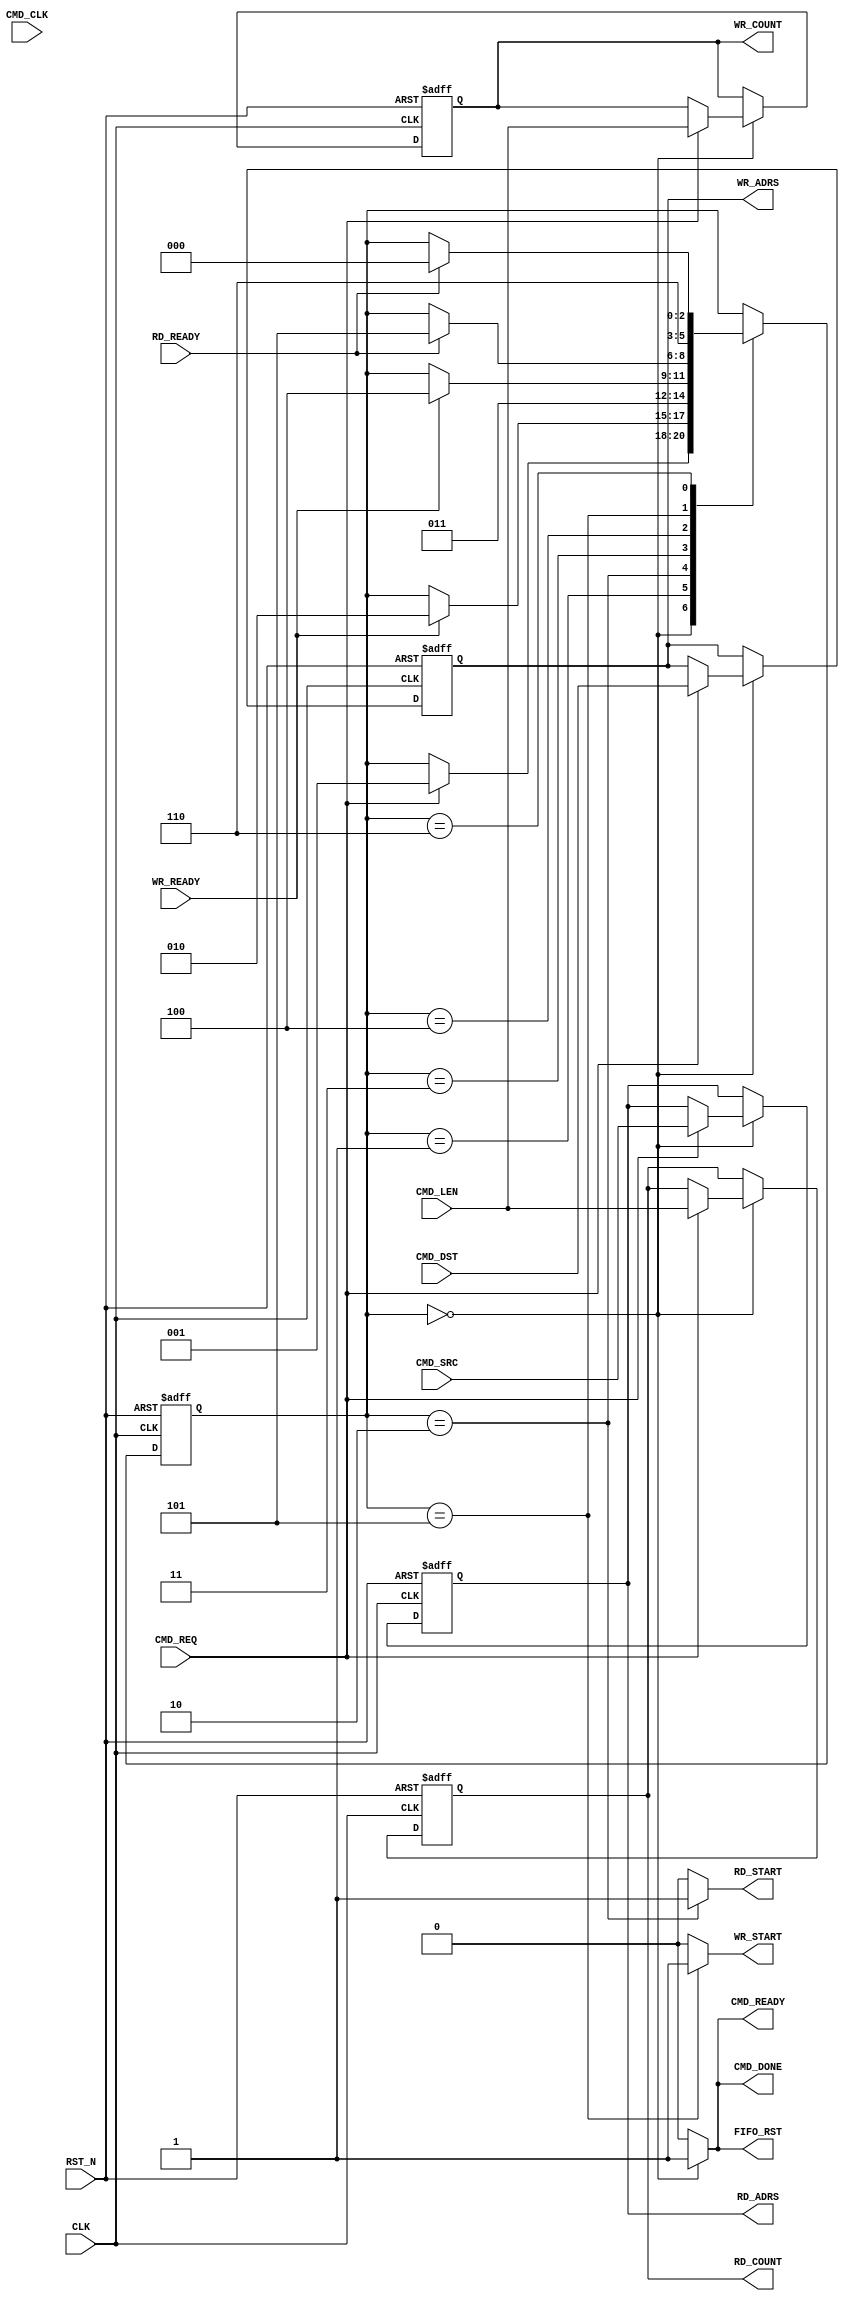
module aq_axi_memcpy32_ctl(
	input			RST_N,
	input			CLK,

	input			CMD_REQ,
	output			CMD_READY,
	output			CMD_DONE,
	input [31:0]	CMD_DST,
	input [31:0]	CMD_SRC,
	input [31:0]	CMD_LEN,

	input			CMD_CLK,

	output			WR_START,
	output [31:0]	WR_ADRS,
	output [31:0]	WR_COUNT,
	input			WR_READY,

	output			RD_START,
	output [31:0]	RD_ADRS,
	output [31:0]	RD_COUNT,
	input			RD_READY,

	output			FIFO_RST
);

localparam S_IDLE		= 0;
localparam S_READ_PRE	= 1;
localparam S_READ		= 2;
localparam S_READ_WAIT	= 3;
localparam S_WRITE_PRE	= 4;
localparam S_WRITE		= 5;
localparam S_WRITE_WAIT	= 6;

reg [31:0]	reg_wr_adrs, reg_rd_adrs;
reg [31:0]	reg_wr_count, reg_rd_count;

reg [2:0] state;

always @(posedge CLK or negedge RST_N) begin
	if(!RST_N) begin
		state 				<= S_IDLE;
		reg_wr_adrs[31:0]	<= 32'd0;
		reg_wr_count[31:0]	<= 32'd0;
		reg_rd_adrs[31:0]	<= 32'd0;
		reg_rd_count[31:0]	<= 32'd0;
	end else begin
		case(state)
			S_IDLE: begin
				if(CMD_REQ) begin
					state	<= S_READ_PRE;
					reg_wr_adrs[31:0]	<= CMD_DST;
					reg_wr_count[31:0]	<= CMD_LEN;
					reg_rd_adrs[31:0]	<= CMD_SRC;
					reg_rd_count[31:0]	<= CMD_LEN;
				end
			end
			S_READ_PRE: begin
				if(WR_READY) begin
					state <= S_READ;
				end
			end
			S_READ: begin
				state <= S_READ_WAIT;
			end
			S_READ_WAIT: begin
				if(WR_READY) begin
					state <= S_WRITE_PRE;
				end
			end
			S_WRITE_PRE: begin
				if(RD_READY) begin
					state <= S_WRITE;
				end
			end
			S_WRITE: begin
				state <= S_WRITE_WAIT;
			end
			S_WRITE_WAIT: begin
				if(RD_READY) begin
					state <= S_IDLE;
				end
			end
		endcase
	end
end

assign WR_START			= (state == S_WRITE)?1'b1:1'b0;
assign WR_ADRS[31:0]	= reg_wr_adrs[31:0];
assign WR_COUNT[31:0]	= reg_wr_count[31:0];
assign RD_START			= (state == S_READ)?1'b1:1'b0;
assign RD_ADRS[31:0]	= reg_rd_adrs[31:0];
assign RD_COUNT[31:0]	= reg_rd_count[31:0];

assign CMD_READY		= (state == S_IDLE)?1'b1:1'b0;
assign CMD_DONE			= (state == S_IDLE)?1'b1:1'b0;

assign FIFO_RST			= (state == S_IDLE)?1'b1:1'b0;

endmodule